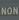
non